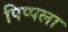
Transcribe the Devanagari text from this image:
पिप्पला